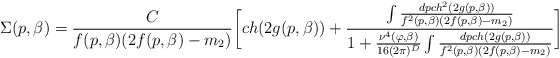
\begin{align*}\Sigma(p,\beta)={\frac {C}{f(p,\beta)(2f(p,\beta)-m_2)}}\biggl[ch(2g(p,\beta))+{\frac {\int {\frac {dp ch^2(2g(p,\beta))}{f^2(p,\beta)(2f(p,\beta)-m_2)}}}{1+{\frac {\nu^{4}(\varphi,\beta)}{16(2\pi)^D}}\int {\frac {dp ch(2g(p,\beta))}{f^2(p,\beta)(2f(p,\beta)-m_2)}}}}\biggr]\end{align*}